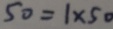
5 0 = 1 \times 5 0